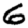
Digit: 6